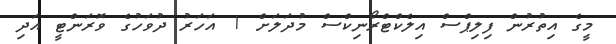
މީގެ އިތުރުން ފިލިޕްސް އިލެކްޓްރޯނިކްސް މުދަލަށް 1 އަހަރު ދުވަހުގެ ވޮރަންޓީ އަދި